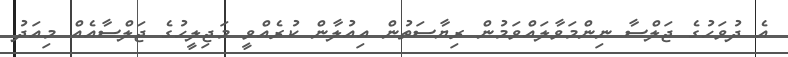
އެ ދުވަހުގެ ޖަލްސާ ނިންމަވާލައްވަމުން ރިޔާސަތުން އިއުލާން ކުރެއްވީ މަޖިލީހުގެ ޖަލްސާއެއް މިއަދު